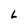
Character: L